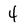
Character: 4